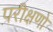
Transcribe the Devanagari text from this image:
परीक्षणो